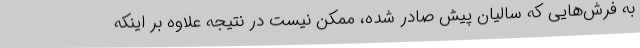
به فرش‌هایی که سالیان پیش صادر شده، ممکن نیست در نتیجه علاوه بر اینکه